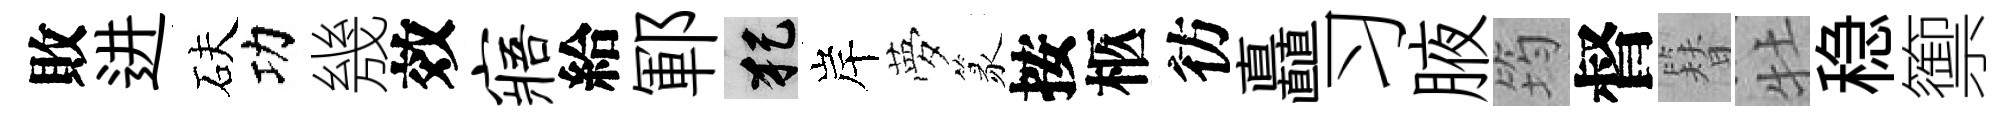
敗进砆功㡬效寤給鄆犯岸夢篆按柩彷矗习腋筠督簪牡稳籞